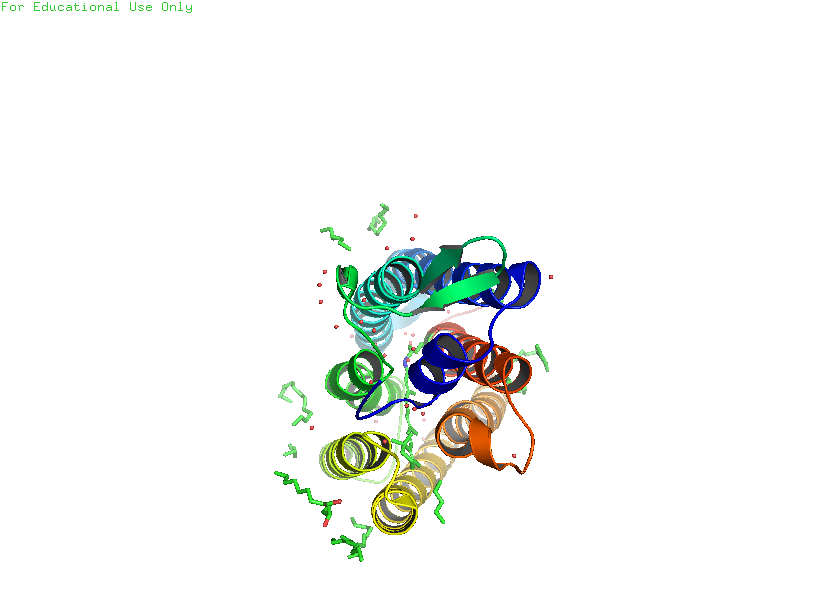
pymol, preset, pub_solv